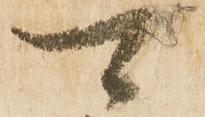
可